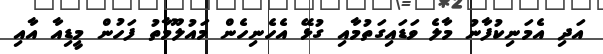
އަދި އެމަނިކުފާނު މާލެ ވަޑައިގަތުމާއި ގުޅޭ އެހެނިހެން މައުލޫމާތު ފަހުން މީޑިއާ އާއި